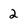
Character: 2